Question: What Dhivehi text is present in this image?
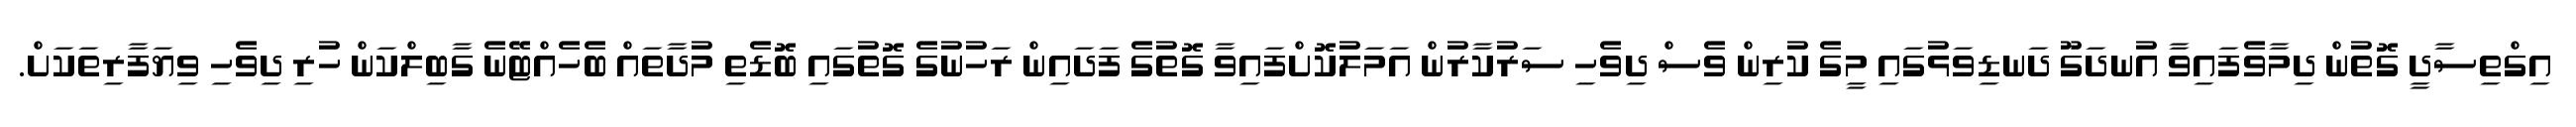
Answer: އިގްތިސާދީ ގޮތުން ދިމާވެފައިވާ އުނދަގޫ ދަނޑިވަޅުގައި މީގެ ކުރިން ވެސް ދިވެހި ސަރުކާރުން އަމަލުކޮށްފައިވާ ގޮތުގެ ފަދައިން ރަހުނުގެ ގޮތުގައި ބޮޑެތި މުދާތައް ބެހެއްޓޭނެ ގާބިލްކަން ހުރި ދިވެހި ވިޔަފާރިތަކަށް.